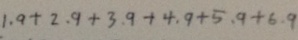
1 . 9 + 2 . 9 + 3 . 9 + 4 . 9 + 5 . 9 + 6 . 9